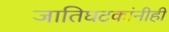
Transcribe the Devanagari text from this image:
जातिघटकांनीही